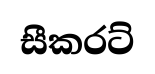
සීකරට්